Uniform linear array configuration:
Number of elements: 48
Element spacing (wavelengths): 0.5
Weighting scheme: kaiser
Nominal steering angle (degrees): -60
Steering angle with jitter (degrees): -61.162
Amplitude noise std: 0.05
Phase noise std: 0.05

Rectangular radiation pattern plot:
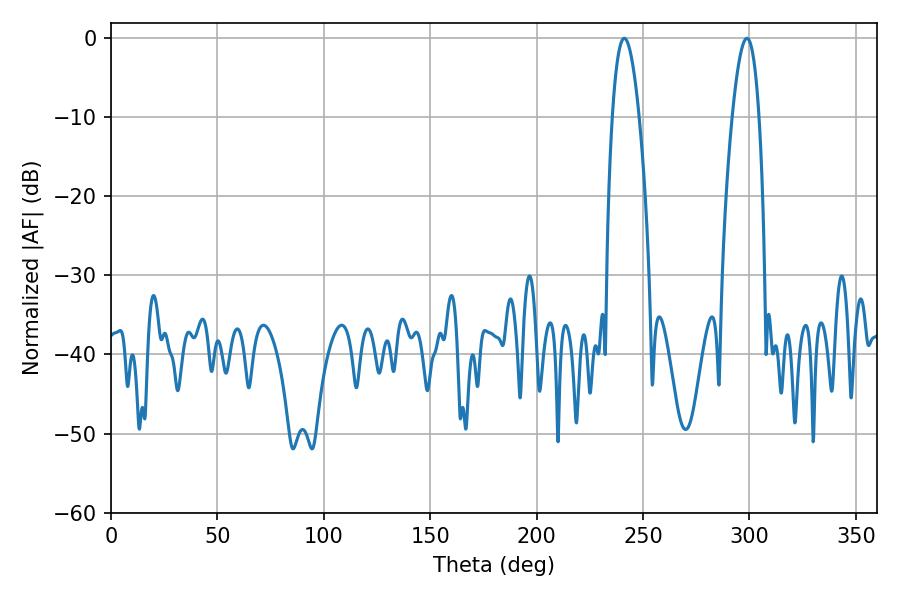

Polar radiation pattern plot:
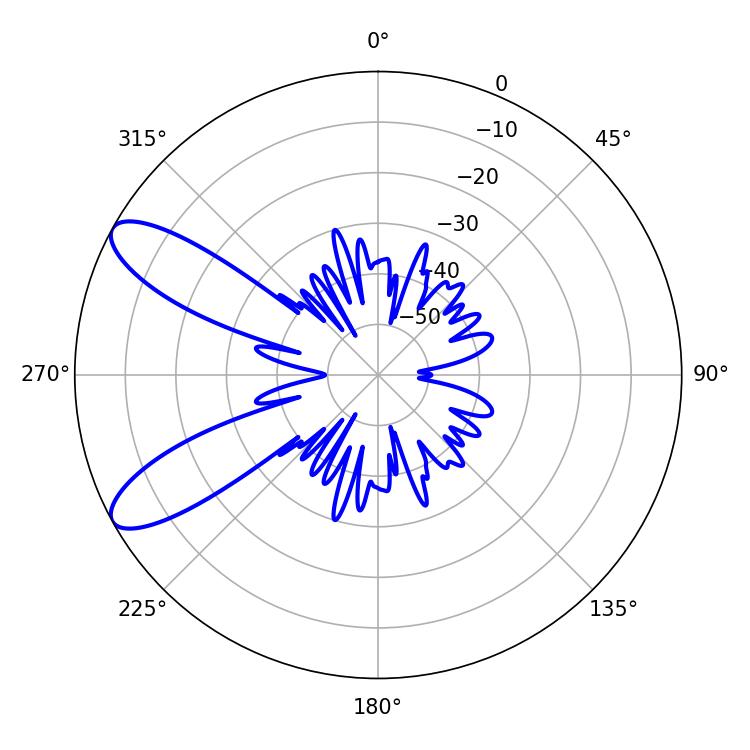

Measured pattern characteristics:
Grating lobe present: FALSE
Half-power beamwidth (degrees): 6.84
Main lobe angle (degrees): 298.8